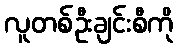
လူတစ်ဦးချင်းစီကို